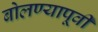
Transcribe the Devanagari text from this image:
बोलण्यापूर्वी